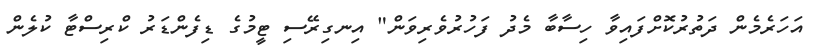
އަހަރެމެން ދަތުރުކޮށްފައިވާ ހިސާބާ މެދު ފަހުރުވެރިވަން" އިނގިރޭސި ޓީމުގެ ޑިފެންޑަރު ކްރިސްޓާ ކުލެން